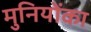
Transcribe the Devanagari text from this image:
मुनियोंका